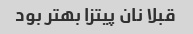
قبلا نان پیتزا بهتر بود